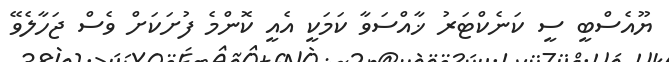
ޔޫއެސްބީ ސީ ކަނެކްޓަރު ޚާއްސަވާ ކަމަކީ އެއީ ކޮންމެ ފުށަކަށް ވެސް ޖަހާލެވޭ